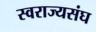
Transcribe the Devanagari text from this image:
स्वराज्यसंघ